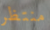
منتظر